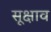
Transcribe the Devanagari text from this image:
सूक्षाव